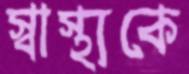
স্বাস্থ্যকে